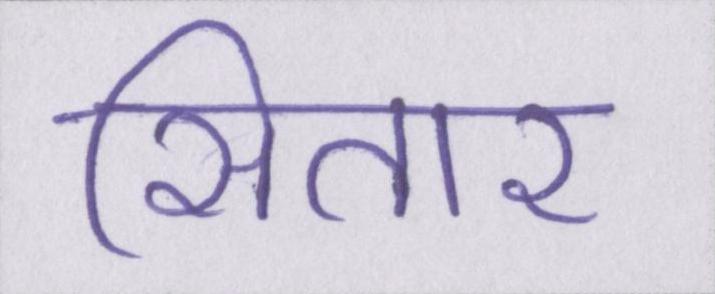
सितार